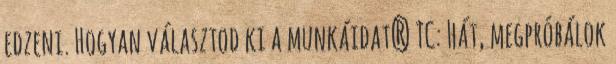
edzeni. Hogyan választod ki a munkáidat? TC: Hát, megpróbálok